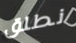
نطلق